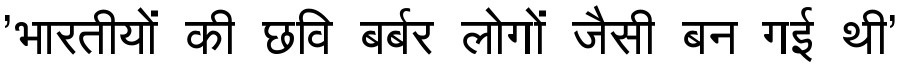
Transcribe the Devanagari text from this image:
'भारतीयों की छवि बर्बर लोगों जैसी बन गई थी'